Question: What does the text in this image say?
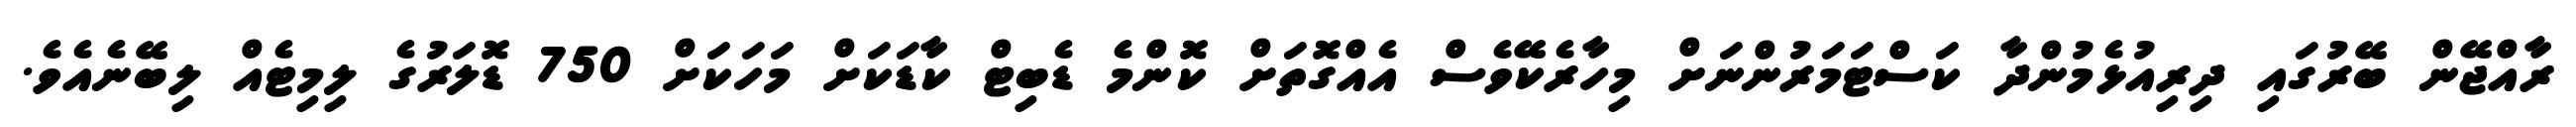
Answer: ރާއްޖޭން ބޭރުގައި ދިރިއުޅެމުންދާ ކަސްޓަމަރުންނަށް މިހާރެކޭވެސް އެއްގޮތަށް ކޮންމެ ޑެބިޓް ކާޑަކަށް މަހަކަށް 750 ޑޮލަރުގެ ލިމިޓެއް ލިބޭނެއެވެ.